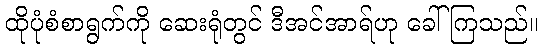
ထိုပုံစံစာရွက်ကို ဆေးရုံတွင် ဒီအင်အာရ်ဟု ခေါ်ကြသည်။